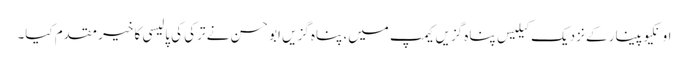
اونکیوپینار کے نزدیک کیلیس پناہ گزیں کیمپ میں، پناہ گزیں ابو حسن نے ترکی کی پالیسی کا خیر مقدم کیا۔